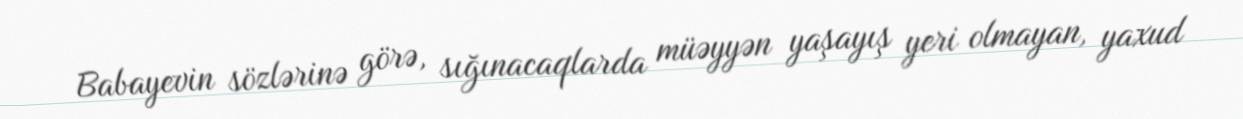
Babayevin sözlərinə görə, sığınacaqlarda müəyyən yaşayış yeri olmayan, yaxud